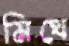
মিথে